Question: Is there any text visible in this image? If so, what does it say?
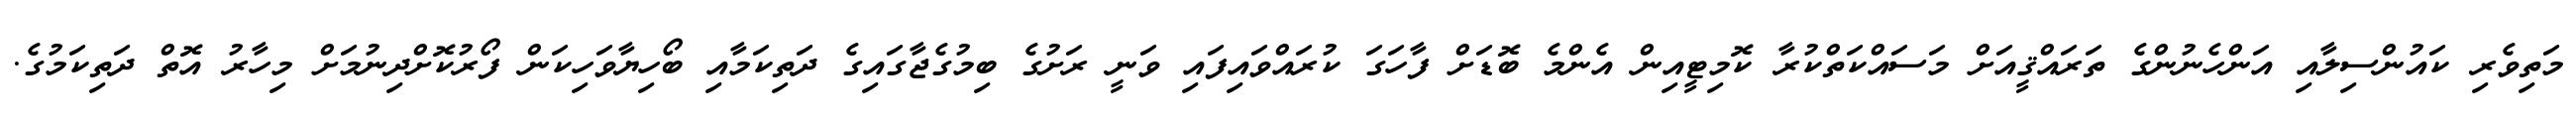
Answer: މަތިވެރި ކައުންސިލާއި އަންހެނުންގެ ތަރައްޤީއަށް މަސައްކަތްކުރާ ކޮމިޓީއިން އެންމެ ބޮޑަށް ފާހަގަ ކުރައްވައިފައި ވަނީ ރަށުގެ ބިމުގެޖާގައިގެ ދަތިކަމާއި ބޯހިޔާވަހިކަން ފޯރުކޮށްދިނުމަށް މިހާރު އޮތް ދަތިކަމުގެ.